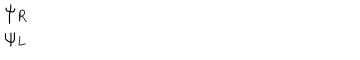
LaTeX: \begin{array} { c } { { \psi _ { R } } } \\ { { \psi _ { L } } } \\ \end{array}